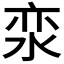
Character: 𰛪